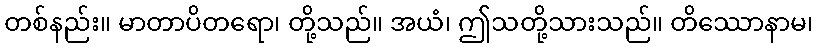
တစ်နည်း။ မာတာပိတရော၊ တို့သည်။ အယံ၊ ဤသတို့သားသည်။ တိဿောနာမ၊